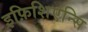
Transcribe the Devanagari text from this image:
इफ़िशिएन्सि